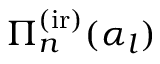
\Pi _ { n } ^ { \mathrm { ( i r ) } } ( \alpha _ { l } )